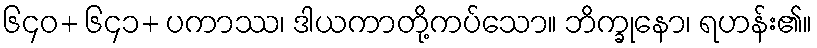
၆၄၀+ ၆၄၁+ ပကာဿ၊ ဒါယကာတို့ကပ်သော။ ဘိက္ခုနော၊ ရဟန်း၏။